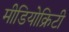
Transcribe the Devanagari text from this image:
मीडियोक्रिटी